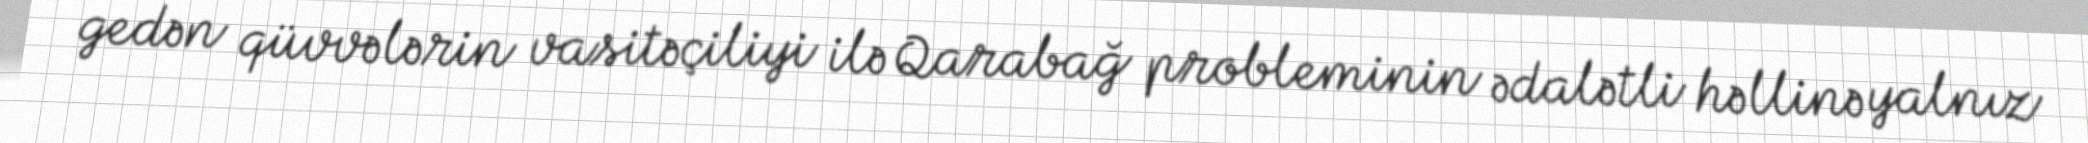
gedən qüvvələrin vasitəçiliyi ilə Qarabağ probleminin ədalətli həllinə yalnız